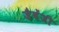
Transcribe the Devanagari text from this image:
जैबेंजी